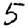
Digit: 5